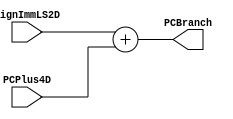
`timescale 1ns / 1ps

module AdderPCOffset #(parameter WIDTH=32)
   (
    input [WIDTH-1:0]  SignImmLS2D,
    input [WIDTH-1:0]  PCPlus4D,
    output [WIDTH-1:0] PCBranch
    );

   assign PCBranch=SignImmLS2D+PCPlus4D;
   
endmodule // AdderPCOffset